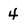
Character: 4